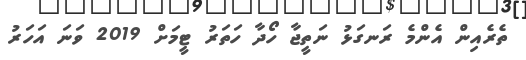
ތެރެއިން އެންމެ ރަނގަޅު ނަތީޖާ ހޯދާ ހަތަރު ޓީމަށް 2019 ވަނަ އަހަރު